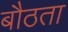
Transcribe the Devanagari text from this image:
बौठता